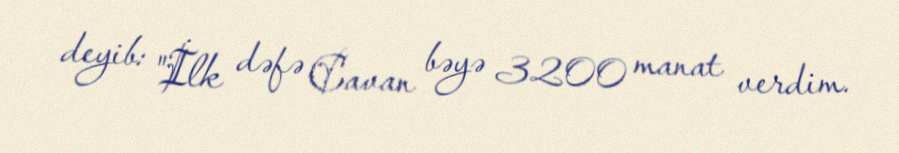
deyib: "İlk dəfə Cavan bəyə 3200 manat verdim.